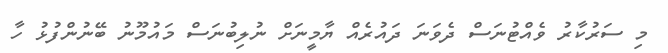
މި ސަރުކާރު ވެއްޓުނަސް ދެވަނަ ދައުރެއް ޔާމީނަށް ނުލިބުނަސް މައުމޫނު ބޭނުންފުޅު ހާ